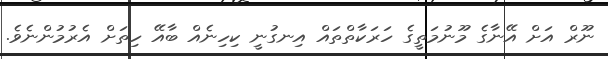
ނޫރް އަށް އޭނާގެ މޫނުމަތީގެ ހަރަކާތްތައް އިނގުނީ ކިހިނެއް ބާއޭ ހިތަށް އެރުމުންނެވެ.